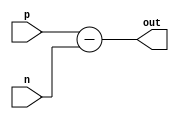
module differential_buffer (
    input p,
    input n,
    output out
);

assign out = p - n;

endmodule